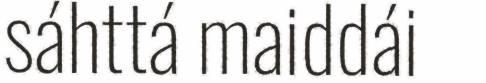
sáhttá maiddái